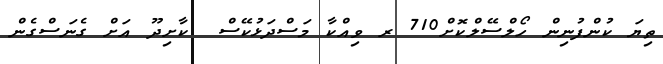
ތިޔަ ކުންފުނިން ހޯލްސޭލްކޮށް710 ރ ވިއްކާ މަސްދަޅުކޭސް  ކާށިދޫ އަށް ގެނަސްގެން